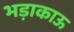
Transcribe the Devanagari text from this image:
भड़ाकाऊ